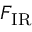
F _ { \mathrm { { I R } } }